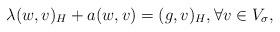
LaTeX: \begin{align*}\lambda (w,v)_H + a(w,v) = (g,v)_H, \forall v \in V_\sigma,\end{align*}